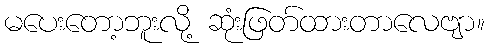
မပေးတော့ဘူးလို့ ဆုံးဖြတ်ထားတာလေဗျာ။